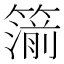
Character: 𥳷